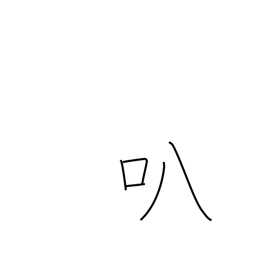
Meaning: open